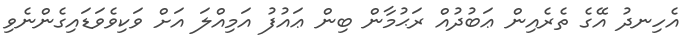
އެހިނދު އޭގެ ތެރެއިން ޢަބުދުއް ރަޙުމާން ބިން ޢައުފު އަމިއްލަ އަށް ވަކިވެވަޑައިގެންނެވި